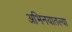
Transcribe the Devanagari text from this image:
अभिनयातल्या